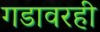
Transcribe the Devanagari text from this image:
गडावरही